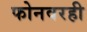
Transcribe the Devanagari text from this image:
फोनवरही